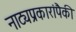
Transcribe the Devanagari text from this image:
नाट्यप्रकारांपैकी